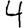
Digit: 4